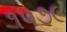
૧૫૭૯